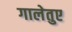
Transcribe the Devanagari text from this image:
गालेतुए